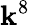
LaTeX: \mathbf{k}^{8}